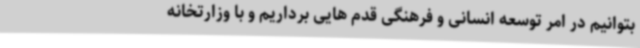
بتوانیم در امر توسعه انسانی و فرهنگی قدم هایی برداریم و با وزارتخانه